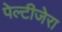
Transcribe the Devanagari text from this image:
पेल्टीजेरा